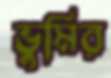
ভুমির